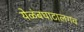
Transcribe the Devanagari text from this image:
येळंबघाटालगच